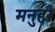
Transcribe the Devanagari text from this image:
मनुही